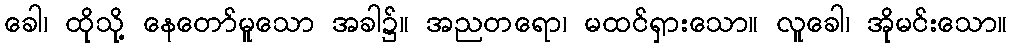
ခေါ၊ ထိုသို့ နေတော်မူသော အခါ၌။ အညတရော၊ မထင်ရှားသော။ လူခေါ၊ အိုမင်းသော။